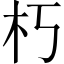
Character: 朽